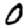
Digit: 0